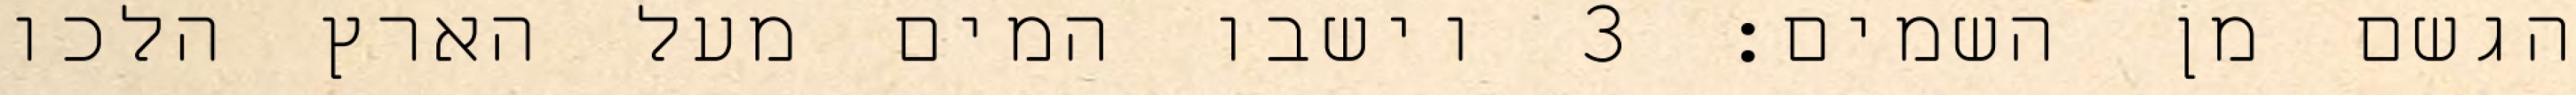
הגשם מן השמים׃ ‎3‏ וישבו המים מעל הארץ הלכו